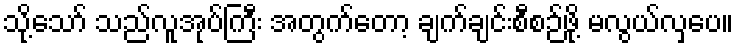
သို့သော် သည်လူအုပ်ကြီး အတွက်တော့ ချက်ချင်းစီစဉ်ဖို့ မလွယ်လှပေ။